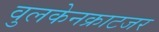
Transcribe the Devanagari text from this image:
वुलकेनक्राटजर